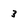
Character: 3